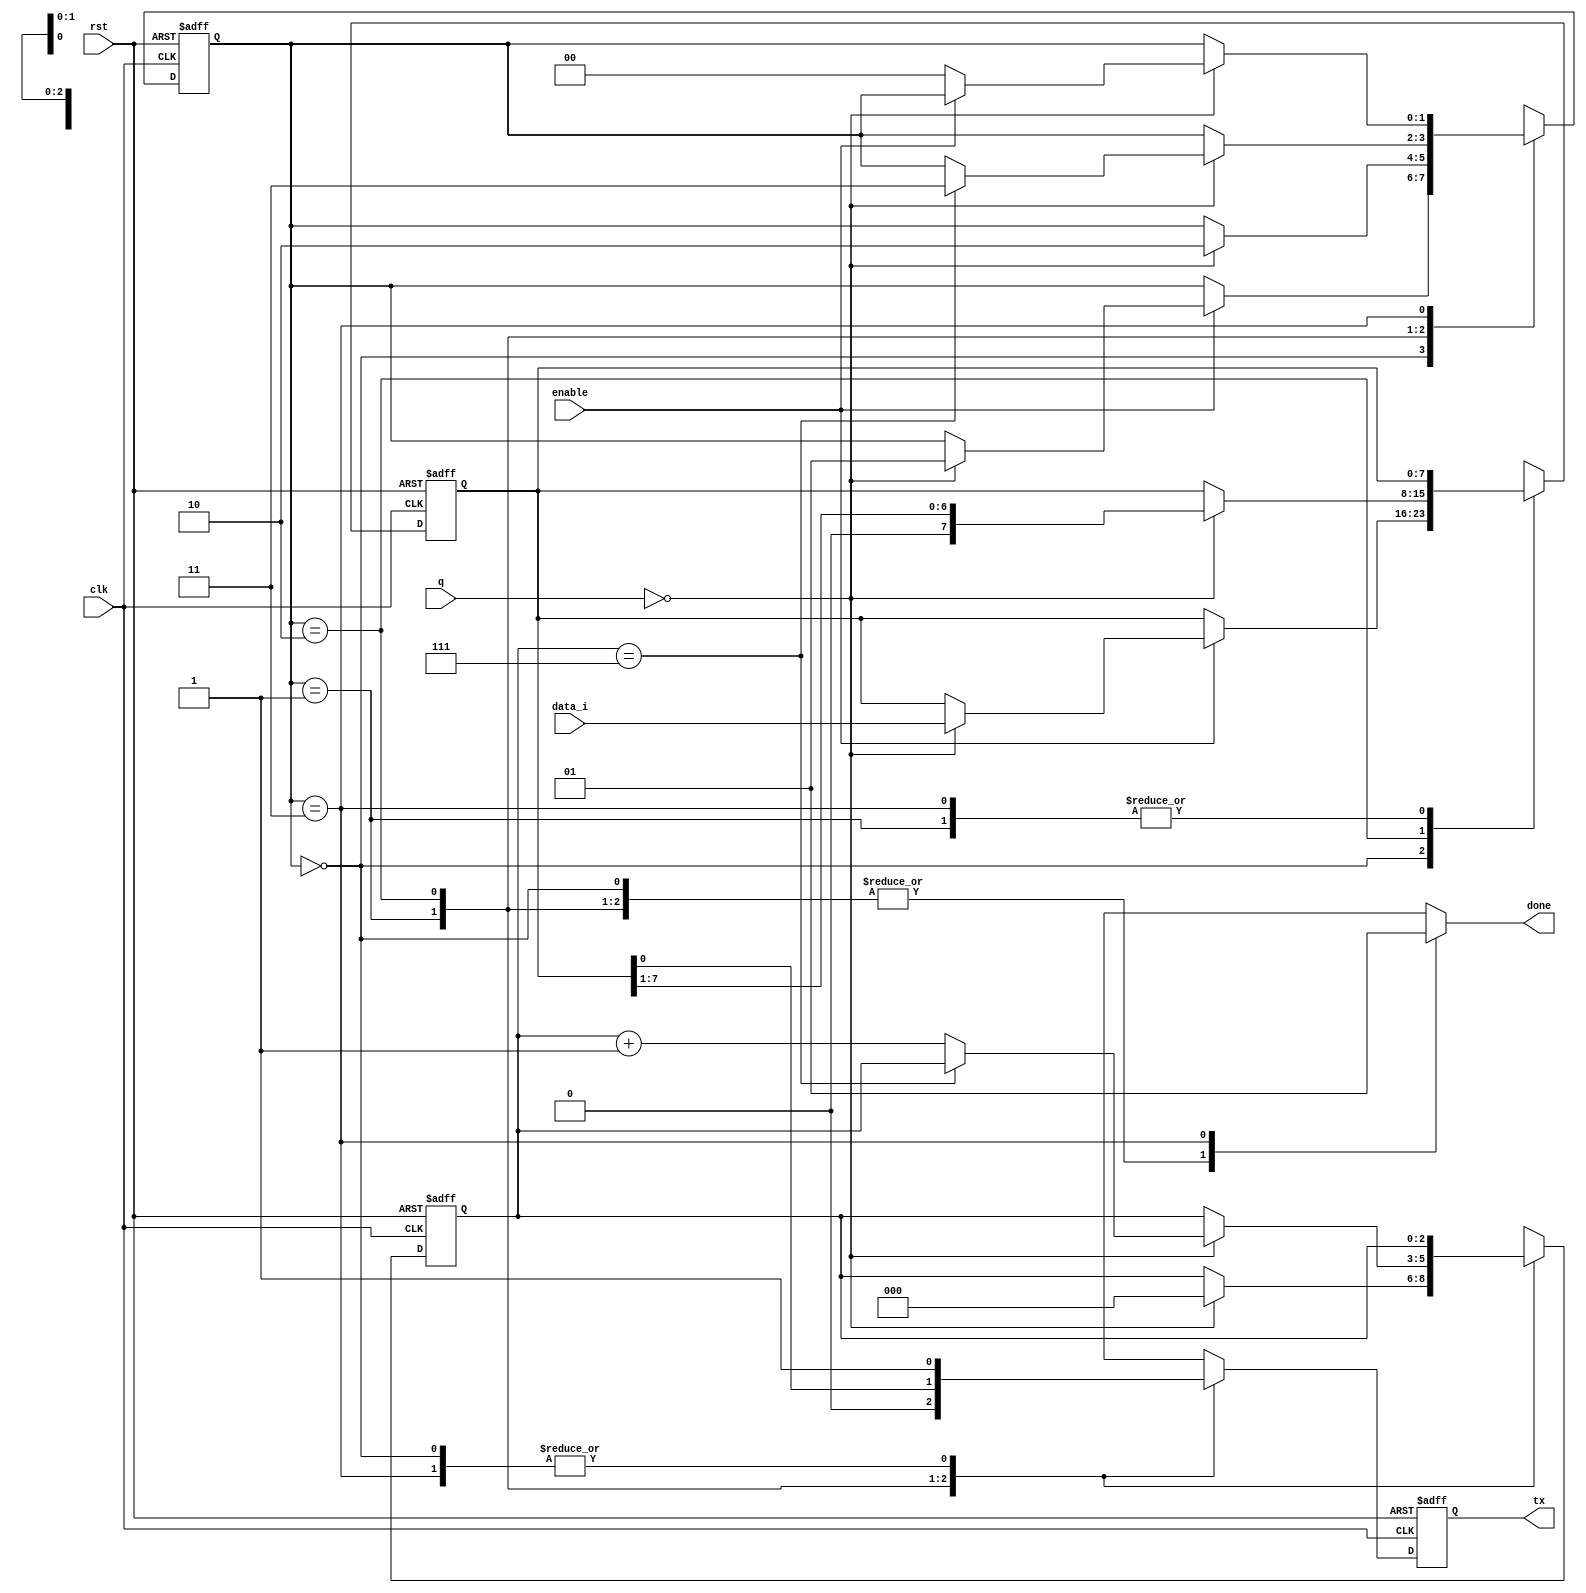
module dataSend
	#(
		parameter BITS = 8
	)
	(
		input wire clk, rst, enable,
		input wire [13:0] q,
		input wire [7:0] data_i,
		output reg done,
		output wire tx
	);

	localparam [1:0]
		IDLE  = 2'b00,
		START = 2'b01,
		DATA  = 2'b10,
		STOP  = 2'b11;

	reg [1:0] state_reg, state_next;
	reg [2:0] bits_reg, bits_next;
	reg [7:0] data_reg, data_next;
	reg tx_reg, tx_next, load_reg;

	always @(posedge clk, posedge rst)
		if (rst)
			begin
				state_reg <= IDLE;
				bits_reg <= 3'b0;
				data_reg <= 7'b0;
				tx_reg <= 1'b1;
			end
		else
			begin
				state_reg <= state_next;
				bits_reg <= bits_next;
				data_reg <= data_next;
				tx_reg <= tx_next;
			end

	always @(*)
		begin
			done = 1'b0;
			state_next = state_reg;
			bits_next = bits_reg;
			data_next = data_reg;
			tx_next = tx_reg;

			case (state_reg)
				
				IDLE:
					begin
						tx_next = 1'b1;
						if (enable)
							begin
								if (q == 14'b0)
									begin
										state_next = START;
										data_next = data_i;
									end
							end			
					end
				
				START:
					begin
						tx_next = 1'b0;
						if (q == 14'b0)
							begin
								state_next = DATA;
								bits_next = 0;
							end
					end
				
				DATA:
					begin
						tx_next = data_reg[0];
						if (q == 14'b0)
							begin
								data_next = data_reg >> 1;
								if (bits_reg == (BITS - 1))
									state_next = STOP;
								else
									bits_next = bits_reg + 1'b1;
							end
					end

				STOP:
					begin
						tx_next = 1'b1;
						done = 1'b1;
						if (q == 14'b0) if (~enable) state_next = IDLE;								
					end
		endcase
	end

	assign tx = tx_reg;

endmodule